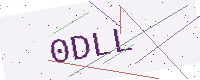
Text: 0DLL